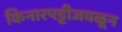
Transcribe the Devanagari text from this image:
किनारपट्टीजवळून